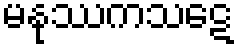
မနုဿကသဋေ